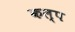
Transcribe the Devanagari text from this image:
कल्‍प